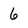
Character: 6